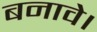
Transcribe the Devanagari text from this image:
बनावे।